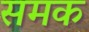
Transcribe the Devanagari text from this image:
समक